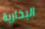
البخارية